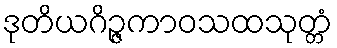
ဒုတိယဂိဉ္ဇကာဝသထသုတ္တံ